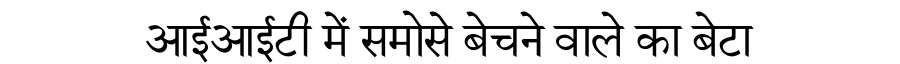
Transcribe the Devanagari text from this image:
आईआईटी में समोसे बेचने वाले का बेटा